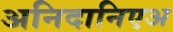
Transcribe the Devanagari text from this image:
अनिदानिएअ